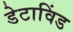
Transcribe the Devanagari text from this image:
डेटाविंड